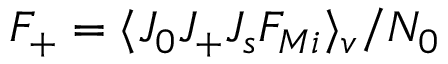
F _ { + } = \langle J _ { 0 } J _ { + } J _ { s } F _ { M i } \rangle _ { v } / N _ { 0 }